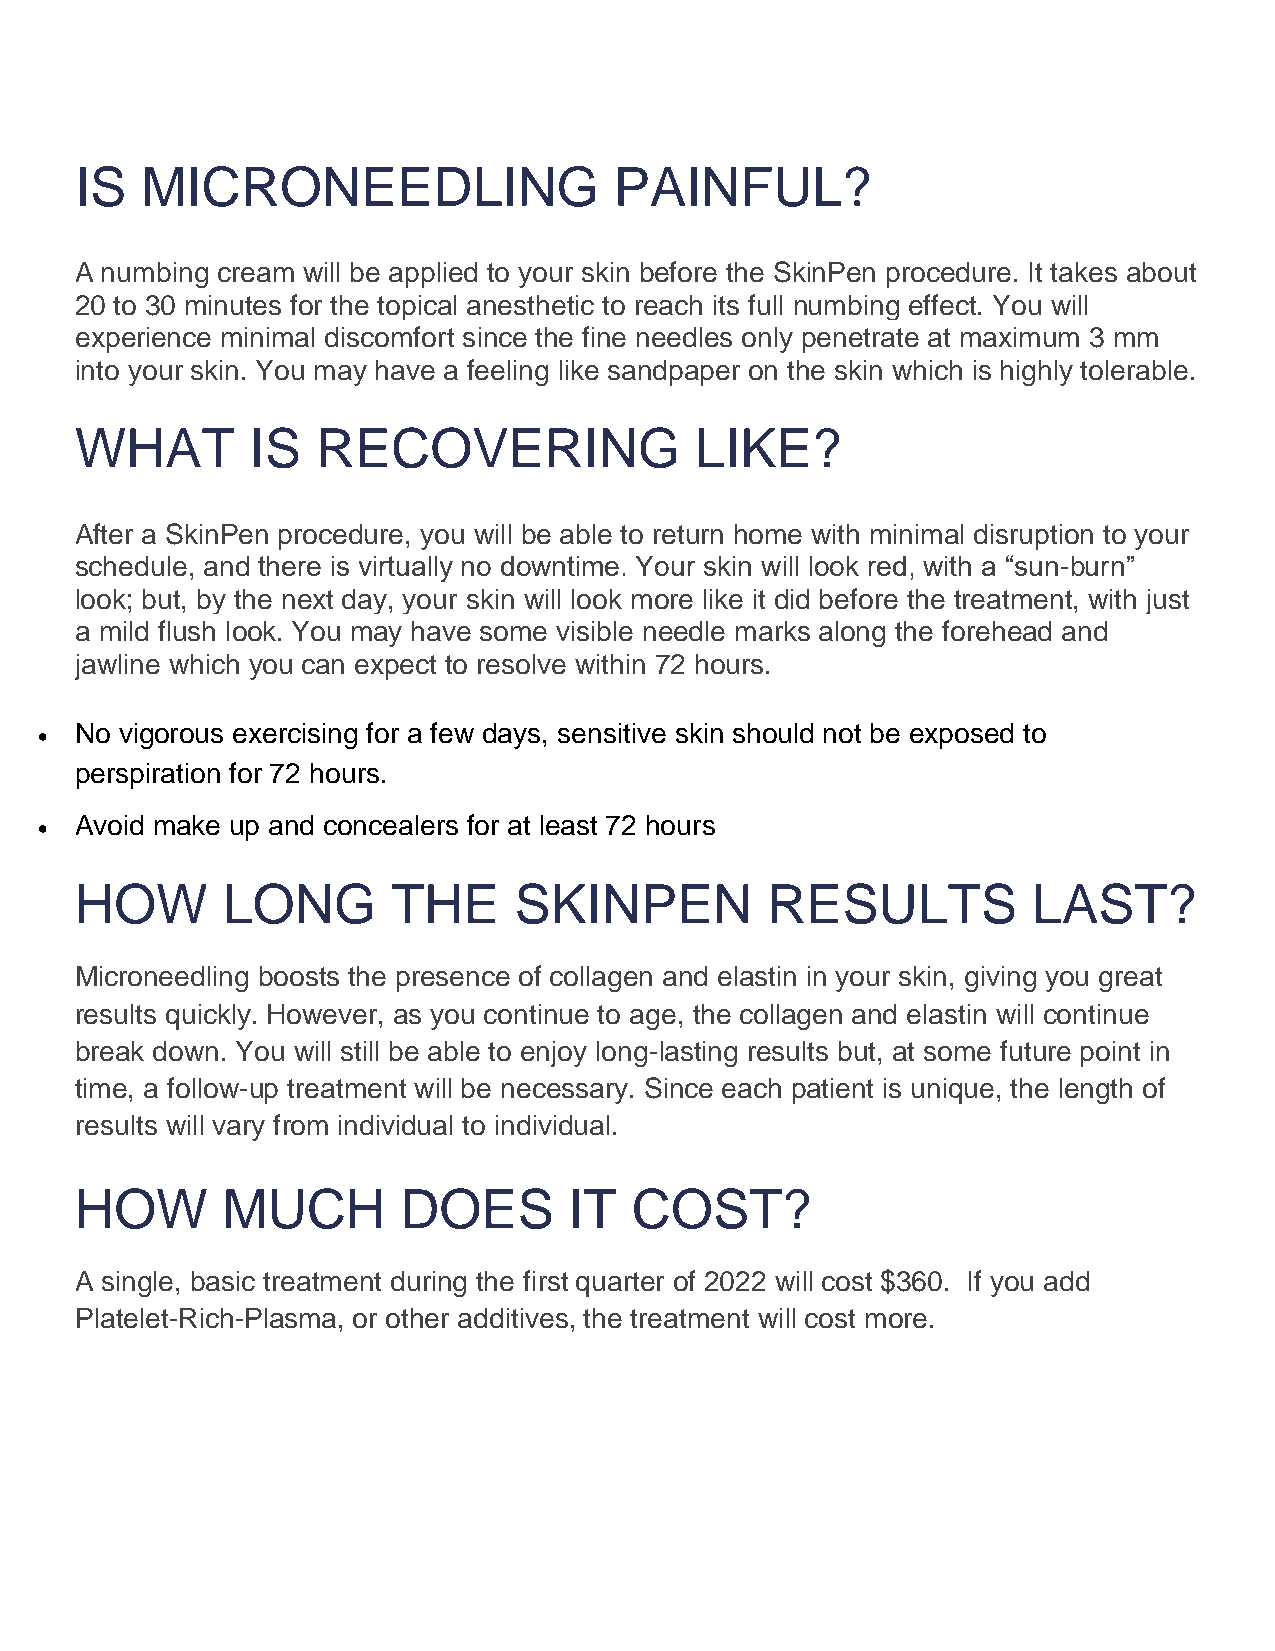
IS  MICRONEEDLING                   PAINFUL?
 A numbing cream will be applied to your skin before the SkinPen procedure. It takes about
 20 to 30 minutes for the topical anesthetic to reach its full numbing effect. You will
 experience minimal discomfort since the fine needles only penetrate at maximum 3 mm
 into your skin. You may have a feeling like sandpaper on the skin which is highly tolerable.
 WHAT        IS  RECOVERING               LIKE?
 After a SkinPen procedure, you will be able to return home with minimal disruption to your
 schedule, and there is virtually no downtime. Your skin will look red, with a “sun-burn”
 look; but, by the next day, your skin will look more like it did before the treatment, with just
 a mild flush look. You may have some visible needle marks along the forehead and
 jawline which you can expect to resolve within 72 hours.
 •  No vigorous exercising for a few days, sensitive skin should not be exposed to
 perspiration for 72 hours.
 •  Avoid make up and concealers for at least 72 hours
 HOW       LONG       THE     SKINPEN          RESULTS          LAST?
 Microneedling boosts the presence of collagen and elastin in your skin, giving you great
 results quickly. However, as you continue to age, the collagen and elastin will continue
 break down. You will still be able to enjoy long-lasting results but, at some future point in
 time, a follow-up treatment will be necessary. Since each patient is unique, the length of
 results will vary from individual to individual.
 HOW       MUCH        DOES       IT  COST?
 A single, basic treatment during the first quarter of 2022 will cost $360. If you add
 Platelet-Rich-Plasma, or other additives, the treatment will cost more.